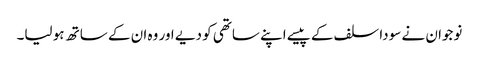
نوجوان نے سودا سلف کے پیسے اپنے ساتھی کو دیے اور وہ ان کے ساتھ ہو لیا۔